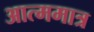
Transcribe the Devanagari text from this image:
आत्ममात्र